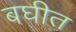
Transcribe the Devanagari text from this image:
बघीत